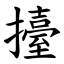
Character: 擡